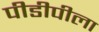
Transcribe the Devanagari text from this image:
पीडीपीला